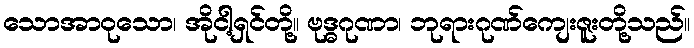
သောအာဝုသော၊ အိုငါ့ရှင်တို့။ ဗုဒ္ဓဂုဏာ၊ ဘုရားဂုဏ်ကျေးဇူးတို့သည်။